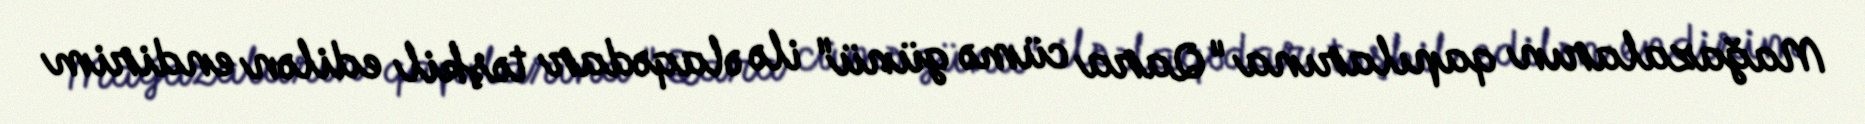
Mağazaların qapılarına "Qara cümə günü" ilə əlaqədar təşkil edilən endirim